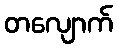
တလျောက်